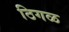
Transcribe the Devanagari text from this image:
ठिगळ